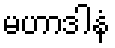
မဟာဒါနံ